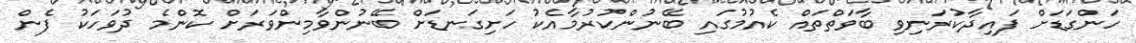
ހަންގަޑަށް ފައިދާކުރަނިވި ބާވަތްތައް ކެއުމުގައި ބޭނުންކުރުމާއެކު ހަށިގަނޑަށް ބޭނުންވާމިންވަރަށް ކޮންމެ ދުވަހަކު ފެން